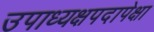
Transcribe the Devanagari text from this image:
उपाध्यक्षपदापेक्षा